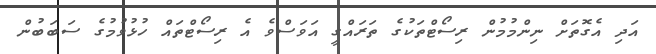
އަދި އެގޮތަށް ނިންމުމުން ރިސޯޓްތަކުގެ ތަރައްގީ އަވަސްވެ އެ ރިސޯޓްތައް ހުޅުވުމުގެ ސަބަބުން